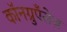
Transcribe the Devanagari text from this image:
कॉनग्रुएँसेज़